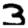
Digit: 3